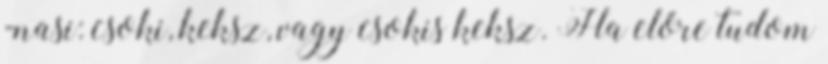
-nasi: csoki, keksz, vagy csokis keksz. Ha előre tudom